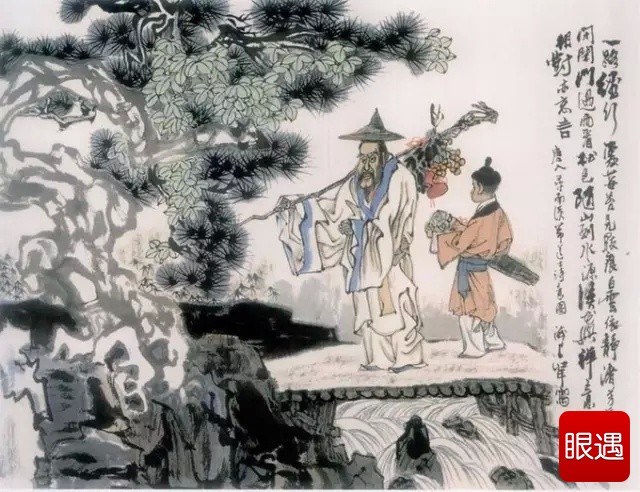
梦里不知身是客，一晌贪欢。